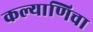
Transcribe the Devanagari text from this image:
कल्याणिचा